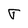
Character: r